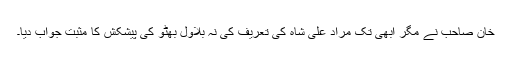
خان صاحب نے مگر ابھی تک مراد علی شاہ کی تعریف کی نہ بلاول بھٹو کی پیشکش کا مثبت جواب دیا۔